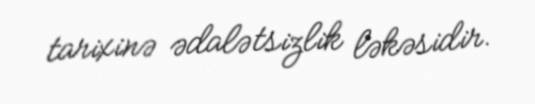
tarixinə ədalətsizlik ləkəsidir.